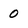
Character: O